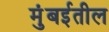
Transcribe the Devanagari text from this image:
मुंबर्इतील